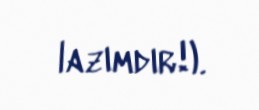
lazımdır!).